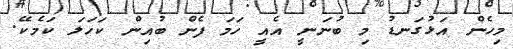
މިހެން އަޅުގަނޑު މި ބުނަނީ އެއީ ހަމަ ފެން ބުއިން ކަހަލަ ކަމެކޭ.